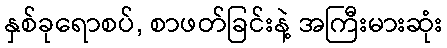
နှစ်ခုရောစပ်, စာဖတ်ခြင်းနဲ့ အကြီးမားဆုံး